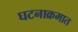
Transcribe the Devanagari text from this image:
घटनाक्रमात